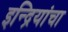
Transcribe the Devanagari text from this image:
इन्द्रियांचा